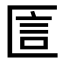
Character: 𠥇